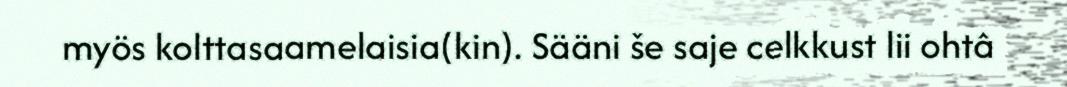
myös kolttasaamelaisia(kin). Sääni še saje celkkust lii ohtâ